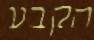
הקבע